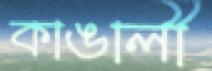
কাঙালী